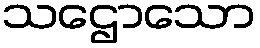
သဌောသော